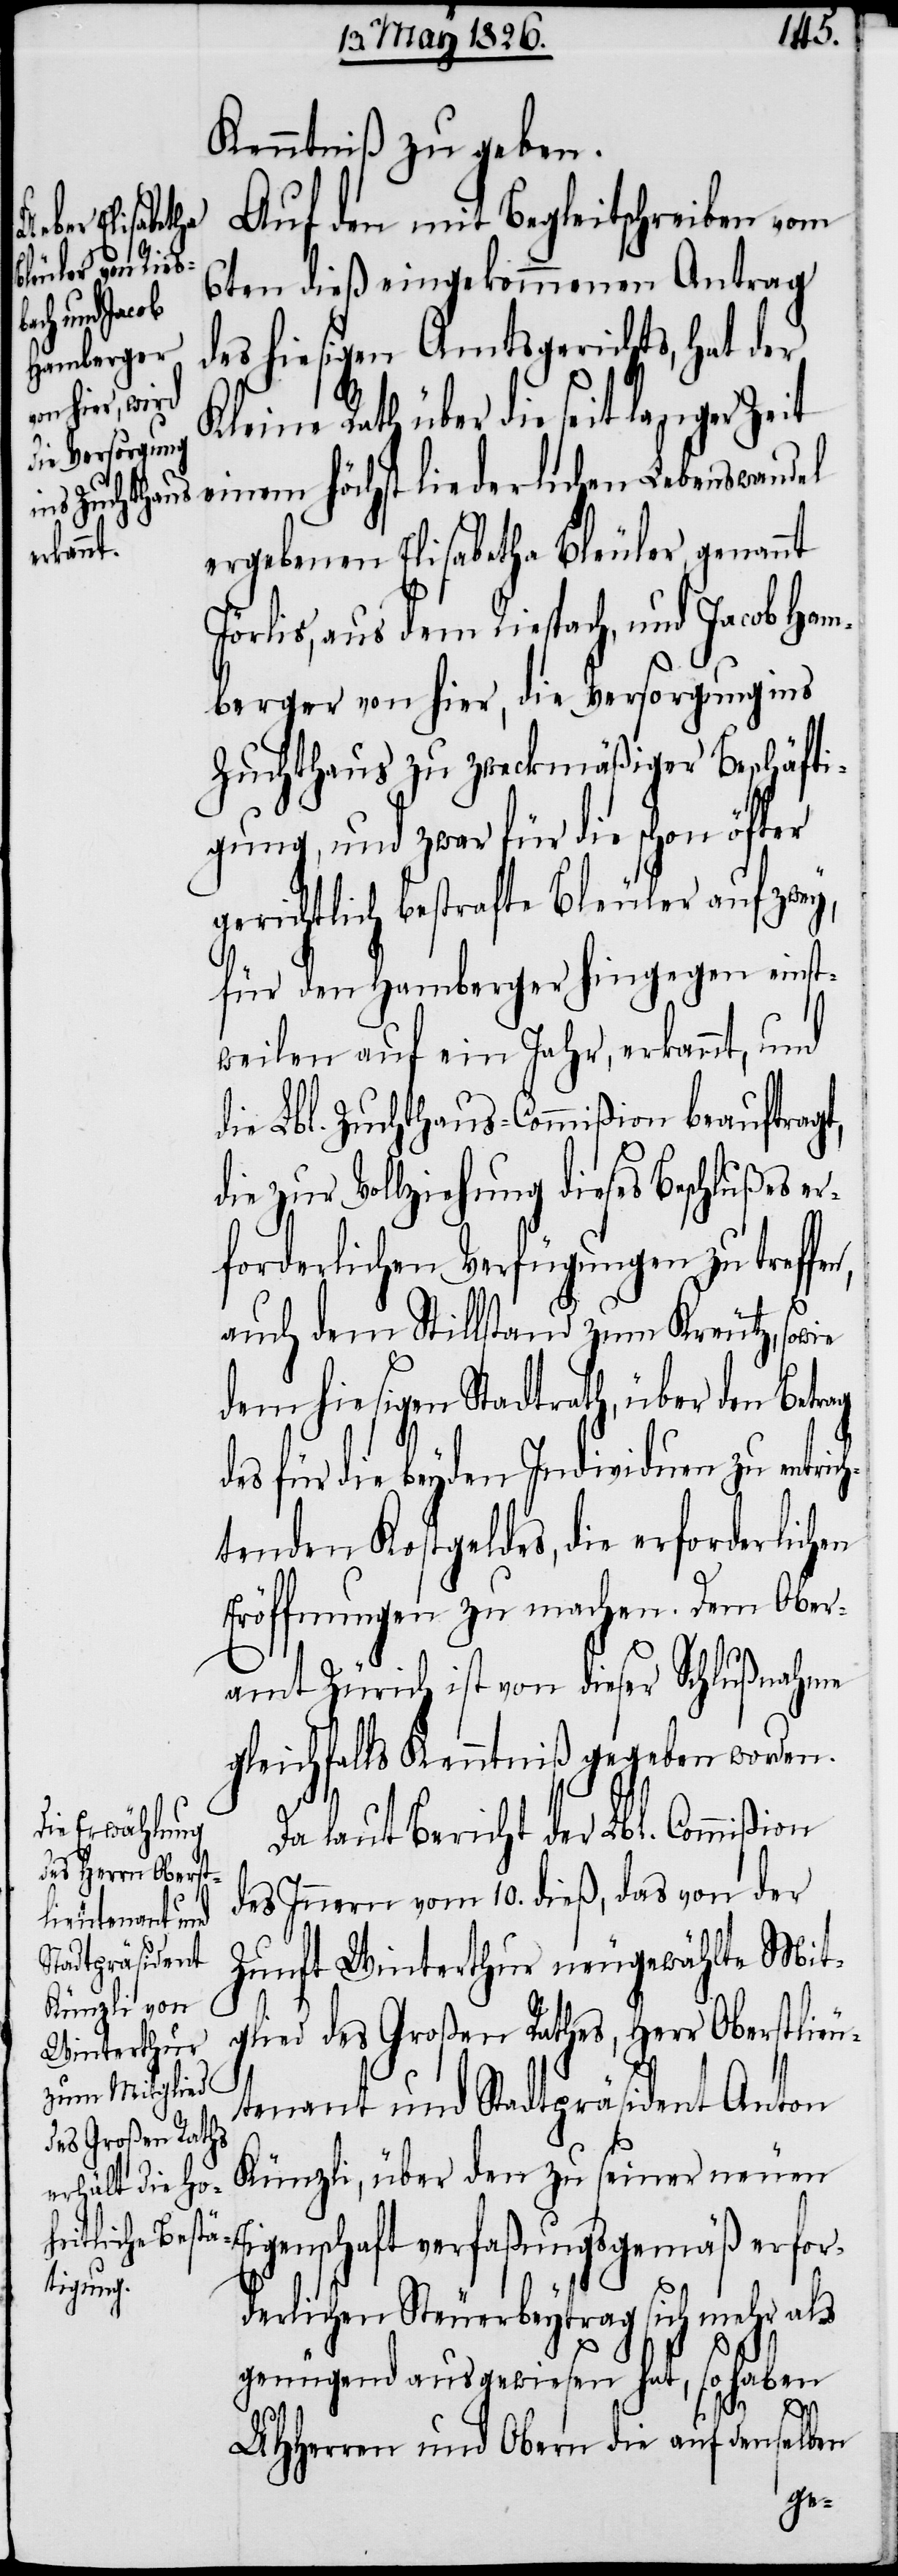
Kenntniß zu geben.
Auf den mit Begleitschreiben vom
6ten dieß eingekommenen Antrag
des hiesigen Amtsgerichts, hat der
Kleine Rath über die seit langer Zeit
einem höchst liederlichen Lebenswandel
ergebenen Elisabetha Bleuler, genannt
Jörlis, aus dem Riespach, und Jacob Ham¬
berger von hier, die Versorgung ins
Zuchthaus zu zweckmäßiger Beschäfti¬
gung, und zwar für die schon öfter
gerichtlich bestrafte Bleuler auf zwey,
für den Hamberger hingegen einst¬
weilen auf ein Jahr, erkannt, und
die Lbl. Zuchthaus-Commißion beauftragt,
die zur Vollziehung dieses Beschlußes e¬
rforderlichen Verfügungen zu treffen,
auch dem Stillstand zum Kreutz, sowie
dem hiesigen Stadtrath, über den Betrag
des für die beyden Individuen zu entrich¬
tenden Kostgeldes, die erforderlichen
Eröffnungen zu machen. Dem Ober¬
amt Zürich ist von dieser Schlußnahme
gleichfalls Kenntniß gegeben worden.
Da laut Bericht der Lbl. Commißion
des Innern vom 10. dieß, das von der
Zunft Winterthur neugewählte Mit¬
glied des Großen Rathes, Herr Oberstlieu¬
tenant und Stadtpräsident Anton
Künzli, über den zu seiner neuen
Eigenschaft verfaßungsgemäß erfor¬
derlichen Steuerbeytrag sich mehr als
genügend ausgewiesen hat, so haben
UHHerren und Obern die auf denselben